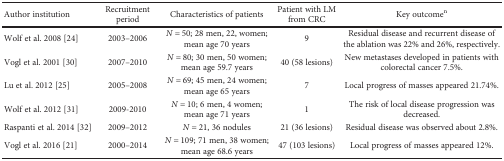
<table><thead><tr><td><b>Author institution</b></td><td><b>Recruitment period</b></td><td><b>Characteristics of patients</b></td><td><b>Patient with LM from CRC</b></td><td><b>Key outcome<sup>n</sup></b></td></tr></thead><tbody><tr><td>Wolf et al. 2008 [24]</td><td>2003–2006</td><td><i>N</i> = 50; 28 men, 22, women; mean age 70 years</td><td>9</td><td>Residual disease and recurrent disease of the ablation was 22% and 26%, respectively.</td></tr><tr><td>Vogl et al. 2001 [30]</td><td>2007–2010</td><td><i>N</i> = 80; 30 men, 50 women; mean age 59.7 years</td><td>40 (58 lesions)</td><td>New metastases developed in patients with colorectal cancer 7.5%.</td></tr><tr><td>Lu et al. 2012 [25]</td><td>2005–2008</td><td><i>N</i> = 69; 45 men, 24 women; mean age 65 years</td><td>7</td><td>Local progress of masses appeared 21.74%.</td></tr><tr><td>Wolf et al. 2012 [31]</td><td>2009-2010</td><td><i>N</i> = 10; 6 men, 4 women; mean age 71 years</td><td>1</td><td>The risk of local disease progression was decreased.</td></tr><tr><td>Raspanti et al. 2014 [32]</td><td>2009–2012</td><td><i>N</i> = 21, 36 nodules</td><td>21 (36 lesions)</td><td>Residual disease was observed about 2.8%.</td></tr><tr><td>Vogl et al. 2016 [21]</td><td>2000–2014</td><td><i>N</i> = 109; 71 men, 38 women; mean age 68.6 years</td><td>47 (103 lesions)</td><td>Local progress of masses appeared 12%.</td></tr></tbody></table>